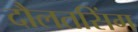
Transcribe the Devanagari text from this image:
दौलतसिंग